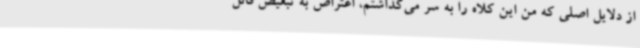
از دلایل اصلی که من این کلاه را به سر می‌گذاشتم، اعتراض به تبعیض قائل